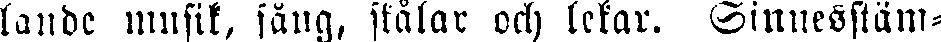
lande musik, sång, skålar och lekar. Sinnestäm-